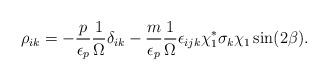
LaTeX: \begin{align*}\rho_{ik} = -\frac{p}{\epsilon_p}\frac{1}{\Omega}\delta_{ik} - \frac{m}{\epsilon_p}\frac{1}{\Omega} \epsilon_{ijk}\chi_1^*\sigma_k\chi_1\sin(2\beta).\end{align*}